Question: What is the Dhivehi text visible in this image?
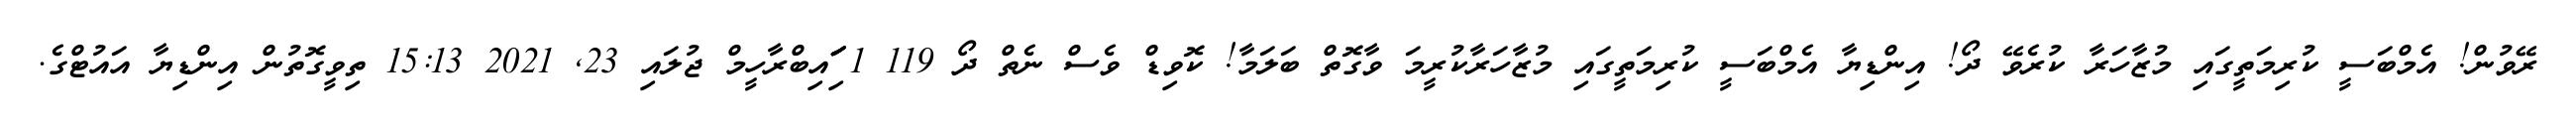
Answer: ރޭވުން! އެމްބަސީ ކުރިމަތީގައި މުޒާހަރާ ކުރެވޭ ދޯ! އިންޑިޔާ އެމްބަސީ ކުރިމަތީގައި މުޒާހަރާކުރީމަ ވާގޮތް ބަލަމާ! ކޮވިޑް ވެސް ނެތް ދޯ 119 1 ަިަަައިބްރާހީމް ޖުލައި 23, 2021 15:13 ތިވީގޮތުން އިންޑިޔާ އައުޓްގެ.